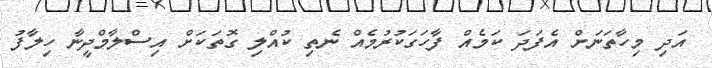
އަދިި މިހާތަނަށް އެފަދަ ކަމެއް ފާހަގަކުރުމެއް ނެތި ކުއްލި ގޮތަކަށް އިސްލާމްދީނާ ހިލާފު